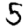
Digit: 5